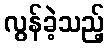
လွန်ခဲ့သည့်